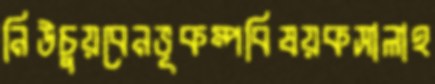
নিউচুয়বেনভূকম্পবিষয়কসালাহ